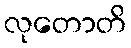
လုတောတိ